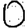
Digit: 0